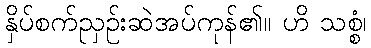
နှိပ်စက်ညှဉ်းဆဲအပ်ကုန်၏။ ဟိ သစ္စံ၊